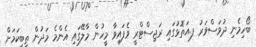
ބޯހިމެނި ދުވަސްވަރު ފ.އަތޮޅުގައި ރަޖިސްޓްރީ ވެފައިވާ މީހުން މާލޭގައި އެންމެ މަދުން ތިބިކަމަށް